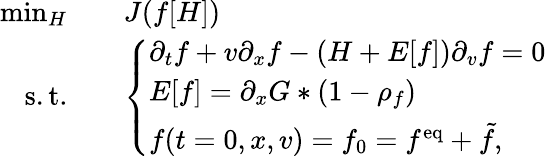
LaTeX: \begin{array}{rl}{\operatorname*{min}_{H}\quad}&{J(f[H])}\\ {\mathrm{s.t.}\quad}&{\left\{ \begin{array}{ll}{\partial_{t}f+v\partial_{x}f-(H+E[f])\partial_{v}f=0}\\ {E[f]=\partial_{x}G\ast(1-\rho_{f})}\\ {f(t=0,x,v)=f_{0}=f^{\mathrm{eq}}+\tilde{f},}\end{array}\right.}\end{array}